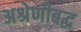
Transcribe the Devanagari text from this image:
अश्रेणीबद्ध